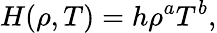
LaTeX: H(\rho,T)=h\rho^{a}T^{b},